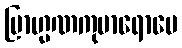
ဗြာဟ္မဏကုမာရောပေ